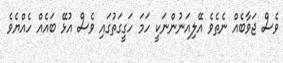
ވެސް ޖަވާބެއް ނެތެވެ އޭލިއަނުންނަކީ ހަމަ ހަގީގަތުގައި ވެސް އުޅޭ ބައެއް ހެއްޔެވެ